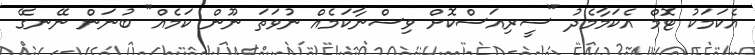
އެކަމަކު ޓޮމް އެކަމާމެދު "ސީރިއަސްކޮށް ވިސްނާކަމެއް ނުވަތަ ނޫން ކަމެއް" ބުނަން ނޭނގޭ